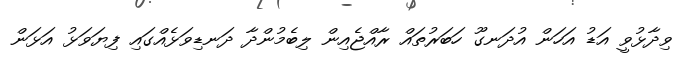
ވިދާޅުވީ އަޑު އަހަން އުދަނގޫ ހަބަރުތައް ރާއްޖެއިން ލިބެމުންދާ ދަނޑިވަޅެއްގައި ފިޔަވަޅު އަޅަން